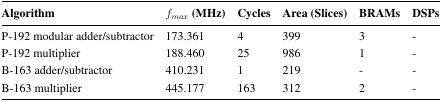
| Algorithm | fmax (MHz) | Cycles | Area (Slices) | BRAMs | DSPs |
 | --- | --- | --- | --- | --- | --- |
 | P-192 modular adder/subtractor | 173.361 | 4 | 399 | 3 | - |
 | P-192 multiplier | 188.460 | 25 | 986 | 1 | - |
 | B-163 adder/subtractor | 410.231 | 1 | 219 | - | - |
 | B-163 multiplier | 445.177 | 163 | 312 | 2 | - |